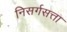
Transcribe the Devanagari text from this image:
निसर्गसत्ता